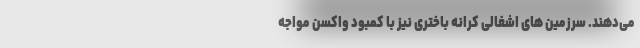
می‌دهند. سرزمین های اشغالی کرانه باختری نیز با کمبود واکسن مواجه